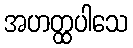
အဟတ္ထပါသေ